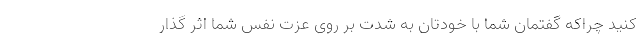
کنید چراکه گفتمان شما با خودتان به شدت بر روی عزت نفس شما اثر گذار